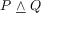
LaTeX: P \ { \underline { { \land } } } \ Q